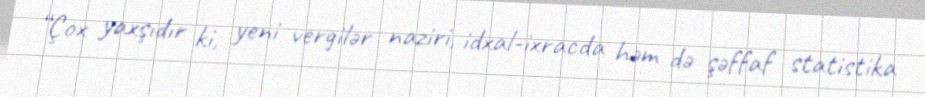
“Çox yaxşıdır ki, yeni vergilər naziri, idxal-ixracda həm də şəffaf statistika